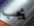
يجب